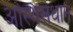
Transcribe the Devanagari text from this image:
अस्थिसंधान